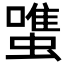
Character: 𧐌